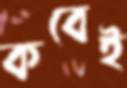
কবেই